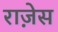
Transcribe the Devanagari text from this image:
राज़ेस